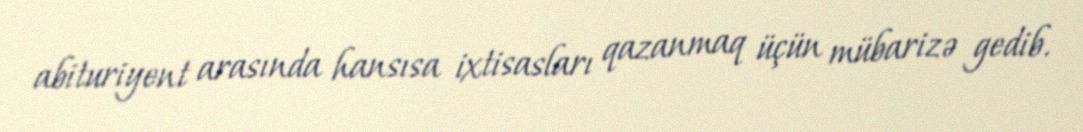
abituriyent arasında hansısa ixtisasları qazanmaq üçün mübarizə gedib.